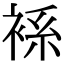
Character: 𧚃